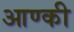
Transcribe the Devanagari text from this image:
आण्की